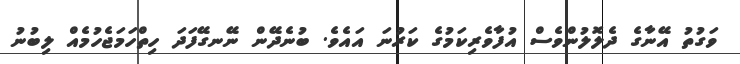
ވަގުތު އޭނާގެ ދެލޮލުންވެސް އުފާވެރިކަމުގެ ކަރުނަ އައެވެ. ބުނެދޭން ނޭނގޭފަދަ ހިތްހަމަޖެހުމެއް ލިބުނު